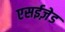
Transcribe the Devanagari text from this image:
एसईज़ेड